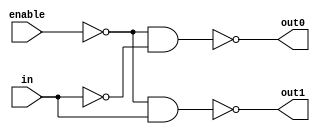
// active low enable and output decoder
module decoder_1_to_2 (input wire enable, in, output wire out0, out1);
    // gate-level implementation
    // wire in_not;
    // wire enable_not;

    // not(in_not, in);
    // not(enable_not, enable);

    // nand(out0, enable_not, in_not);
    // nand(out1, enable_not, in);

    // ------------------------------------------------

    // dataflow implementation
    assign out0 = ~(~enable & ~in);
    assign out1 = ~(~enable & in);

    // ------------------------------------------------

    // behavioral implementation --> for behavioral implementation, we need to change wire out0, out1 to reg out0, out1
    // always @ (enable or in) begin
    //     if (enable) begin 
    //         out0 = 1;
    //         out1 = 1;
    //     end else begin
    //         if (in) begin
    //             out0 = 1;
    //             out1 = 0;
    //         end else begin
    //             out0 = 0;
    //             out1 = 1;
    //         end
    //     end
    // end

endmodule